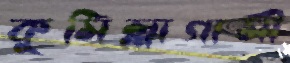
কুমিল্লাগামী